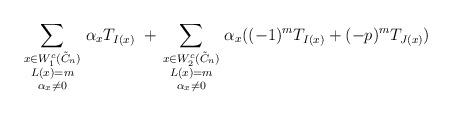
LaTeX: \begin{align*} \sum_{\begin{smallmatrix} x \in W^c_1(\tilde C_{n}) \\ L(x) = m \\ \alpha_x \ne 0\end{smallmatrix} } \alpha_x T_{I(x)} \ + \sum_{\begin{smallmatrix} x \in W^c_2(\tilde C_{n}) \\ L(x)=m \\ \alpha_x \ne 0\end{smallmatrix} } \alpha_x ( (-1)^{m} T_{I(x)} + (-p)^{m} T_{J(x)} ) \end{align*}